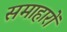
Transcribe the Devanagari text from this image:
समाहारों